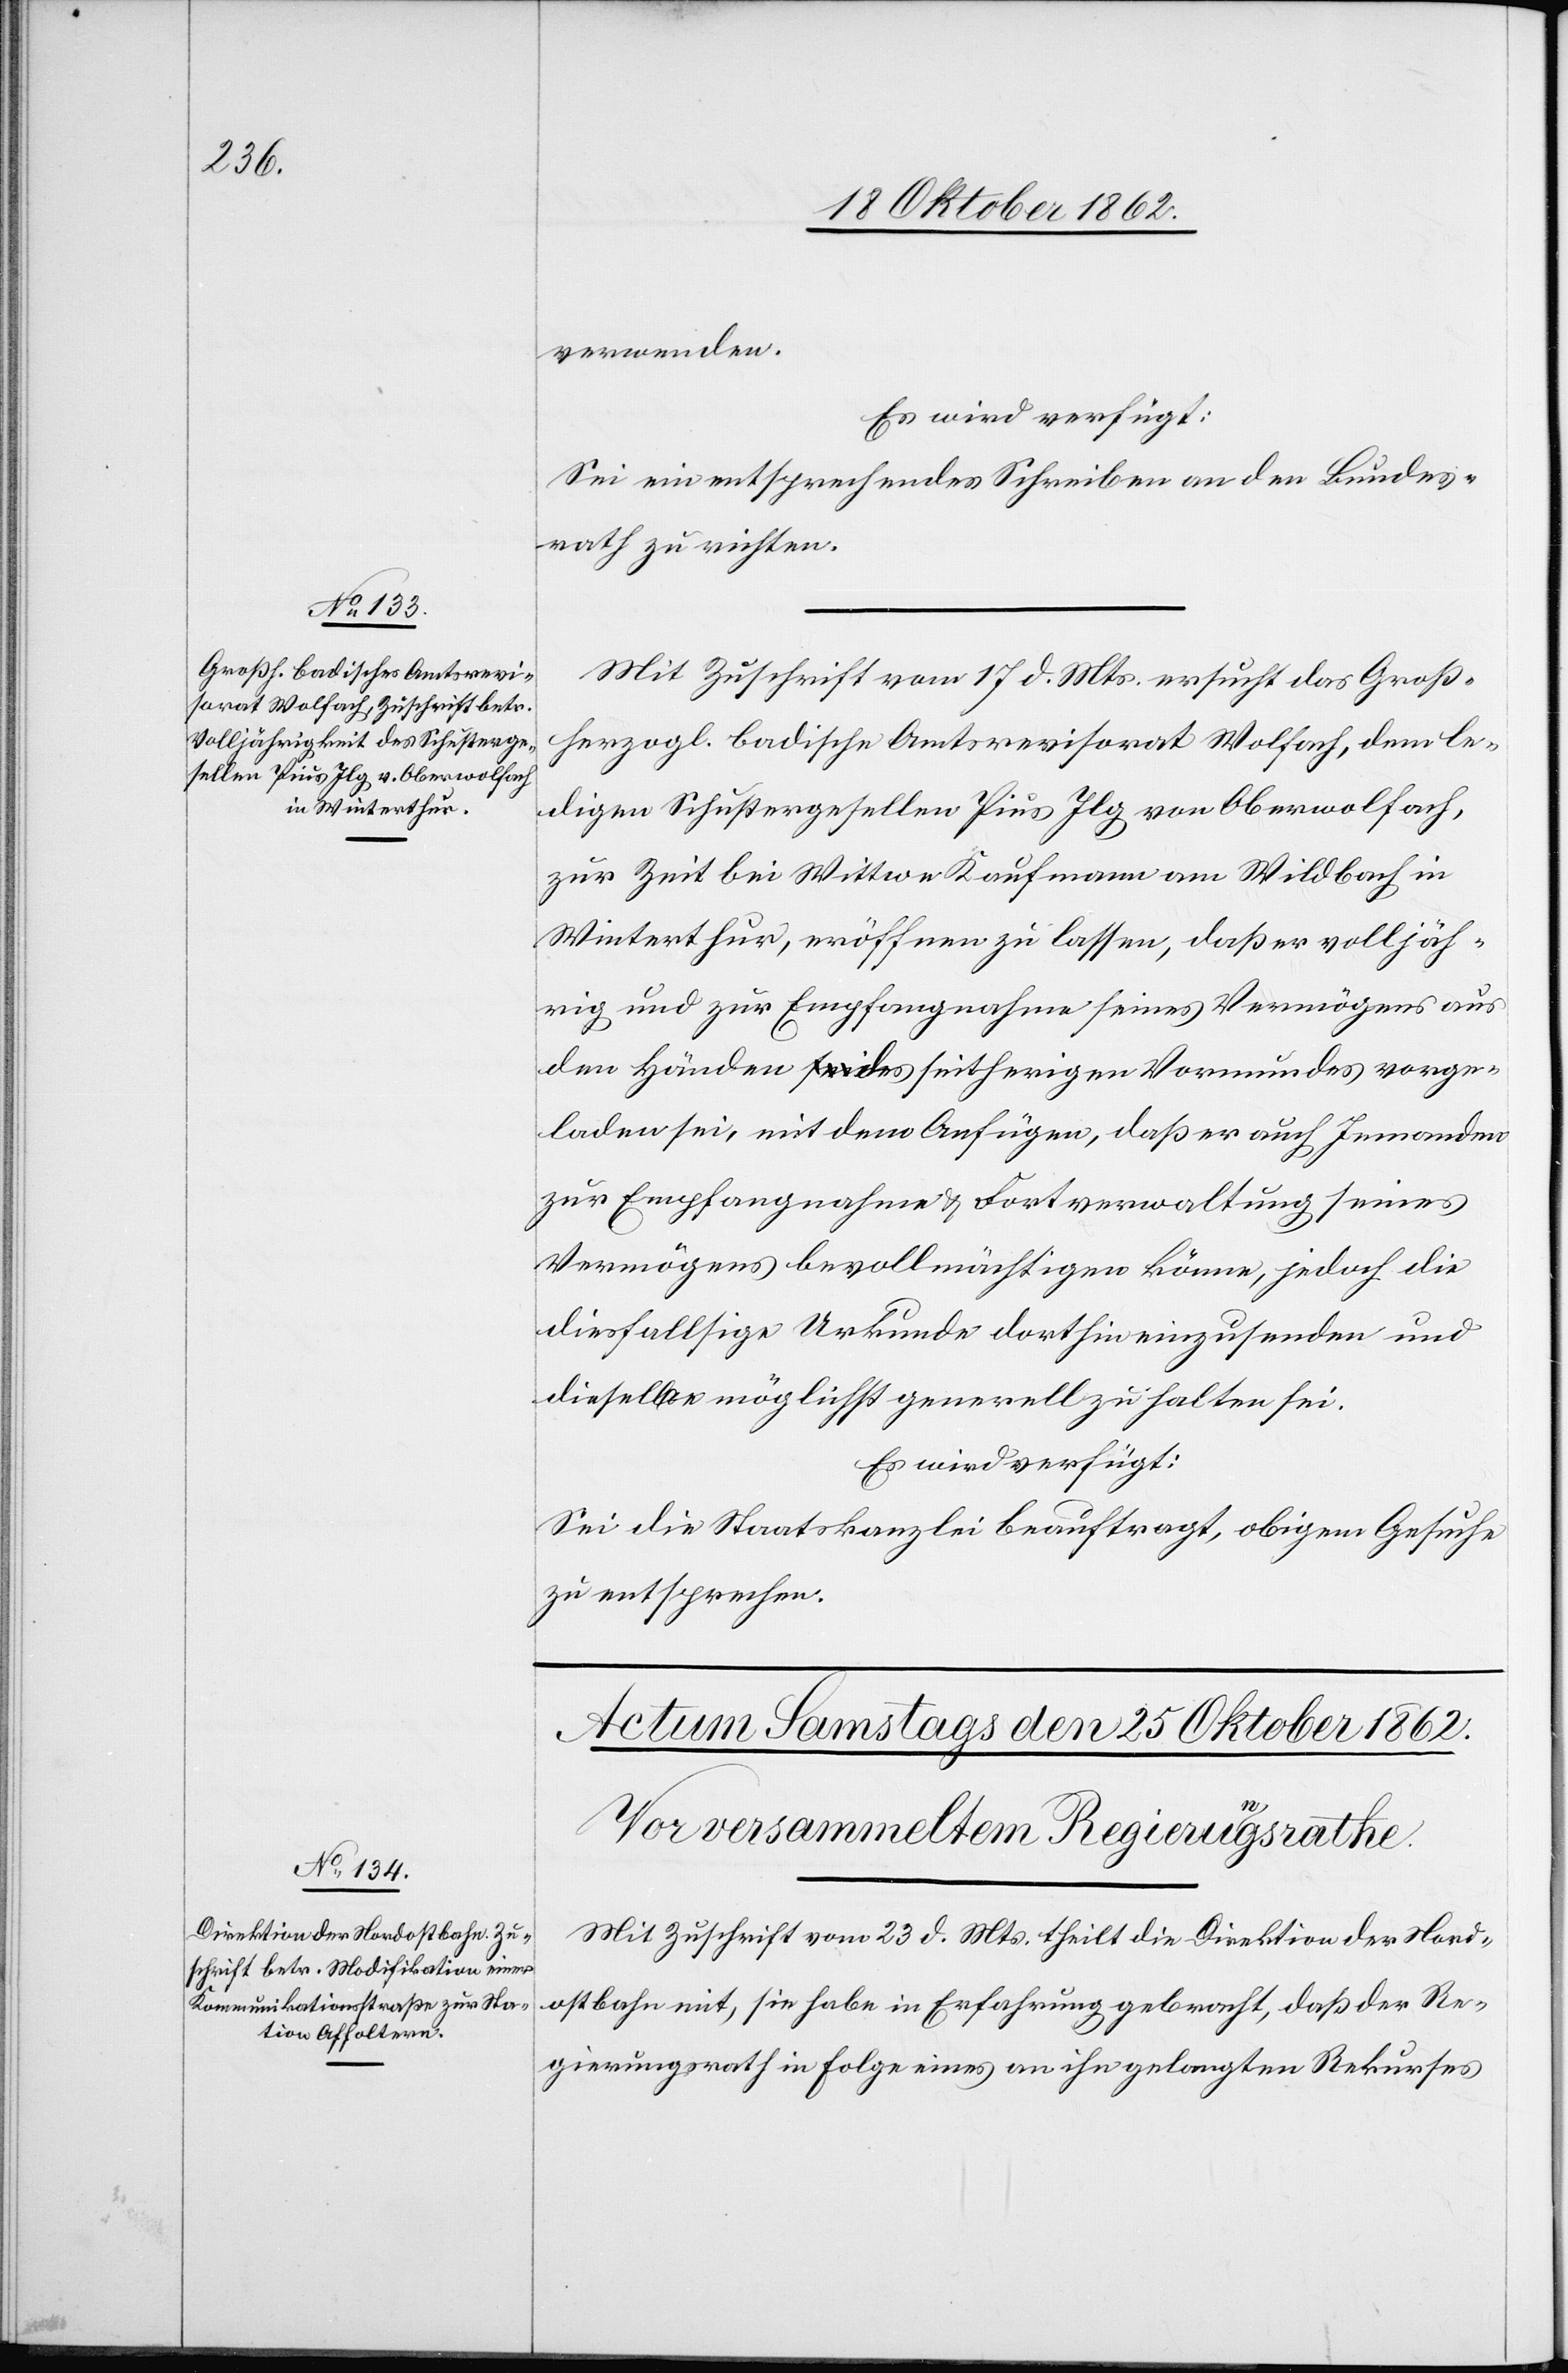
22. Oktober 1862.]
verwenden.
Es wird verfügt:
Sei ein entsprechendes Schreiben an den Bundes¬
rath zu richten.
Mit Zuschrift vom 17. d. Mts. ersucht das Groß¬
herzogl. badische Amtsrevisorat Wolfach, dem le¬
digen Schustergesellen Pius Ilg von Oberwolfach,
zur Zeit bei Wittwe Kaufmann am Wildbach in
Winterthur, eröffnen zu lassen, daß er volljäh¬
rig und zur Empfangnahme seines Vermögens aus
den Händen des seitherigen Vormundes vorge¬
laden sei, mit dem Anfügen, daß er auch Jemanden
zur Empfangnahme u. Fortverwaltung seines
Vermögens bevollmächtigen könne, jedoch die
diesfällsige Urkunde dorthin einzusenden und
dieselbe möglichst generell zu halten sei.
Es wird verfügt:
Sei die Staatskanzlei beauftragt, obigem Gesuche
zu entsprechen.
Mit Zuschrift vom 23. d. Mts. theilt die Direktion der Nord¬
ostbahn mit, sie habe in Erfahrung gebracht, daß der Re¬
gierungsrath in Folge eines an ihn gelangten Rekurses